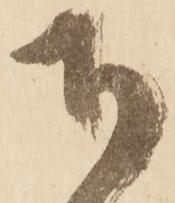
奉